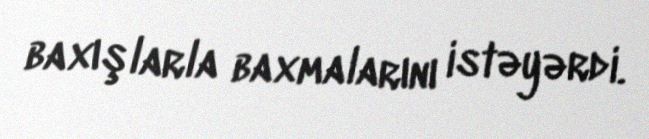
baxışlarla baxmalarını istəyərdi.